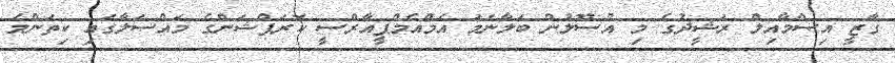
ގާޒީ އިސްމާއިލް ރަޝީދުގެ މި އުސޫލުން ބަލާނަމަ އެމްއެމްޕީއާރްސީ ކޮރަޕްޝަންގެ މައްސަލާގައި ކިތަންމެ